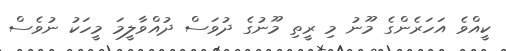
ކީއްވެ އަހަރެންގެ މޫނު މި ރީތި މޫނުގެ ދުވަސް ދުއްވާލީމަ މީހަކު ނުވެސް